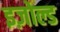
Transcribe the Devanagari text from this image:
इज़ोल्ड